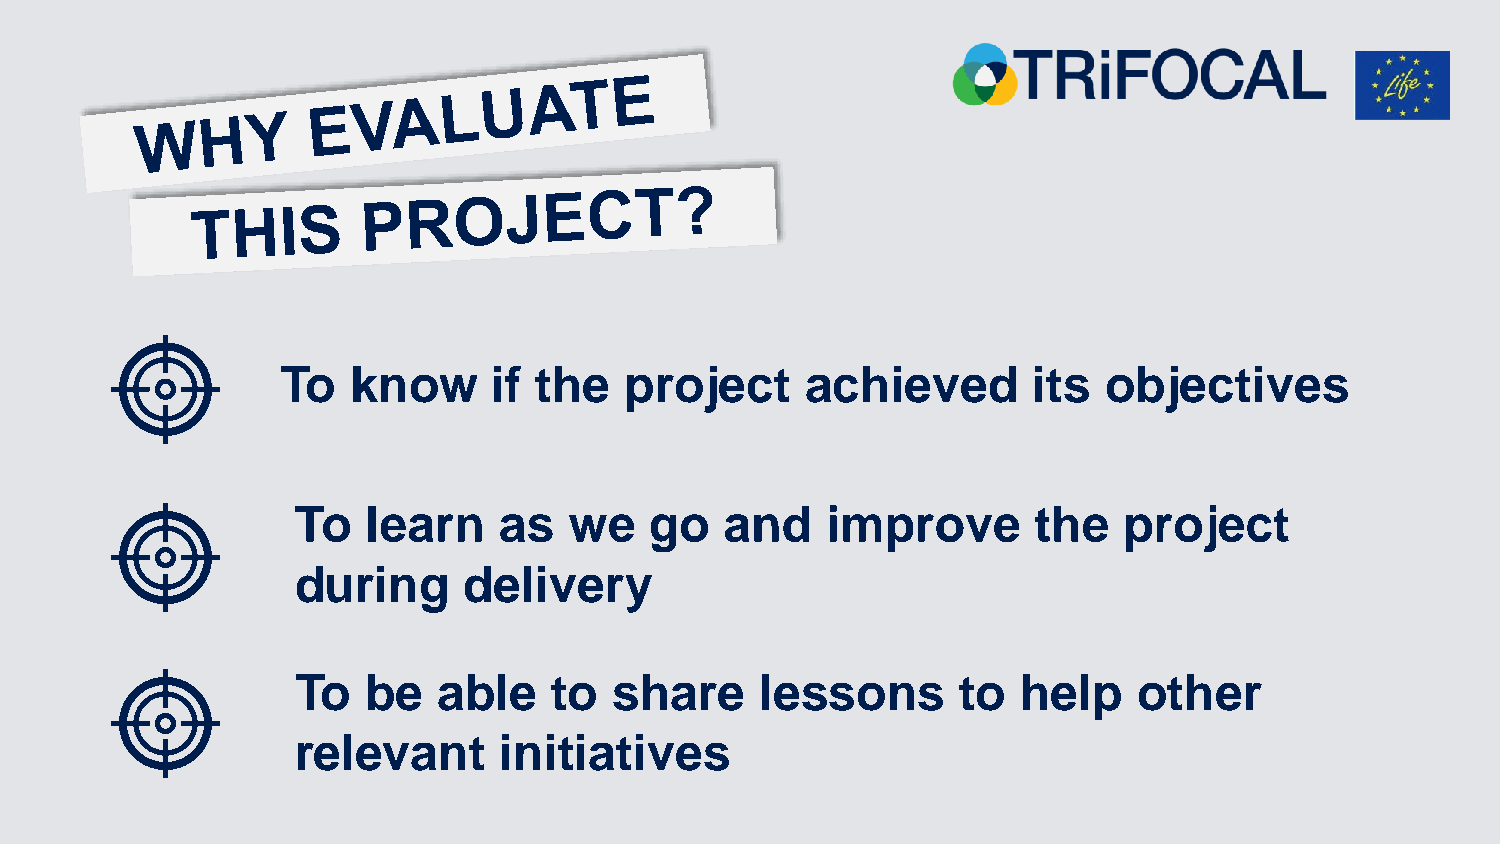
To  know      if the  project     achieved       its  objectives
 To  learn    as   we   go   and    improve      the   project
 during     delivery
 To  be   able    to  share    lessons       to  help   other
 relevant     initiatives